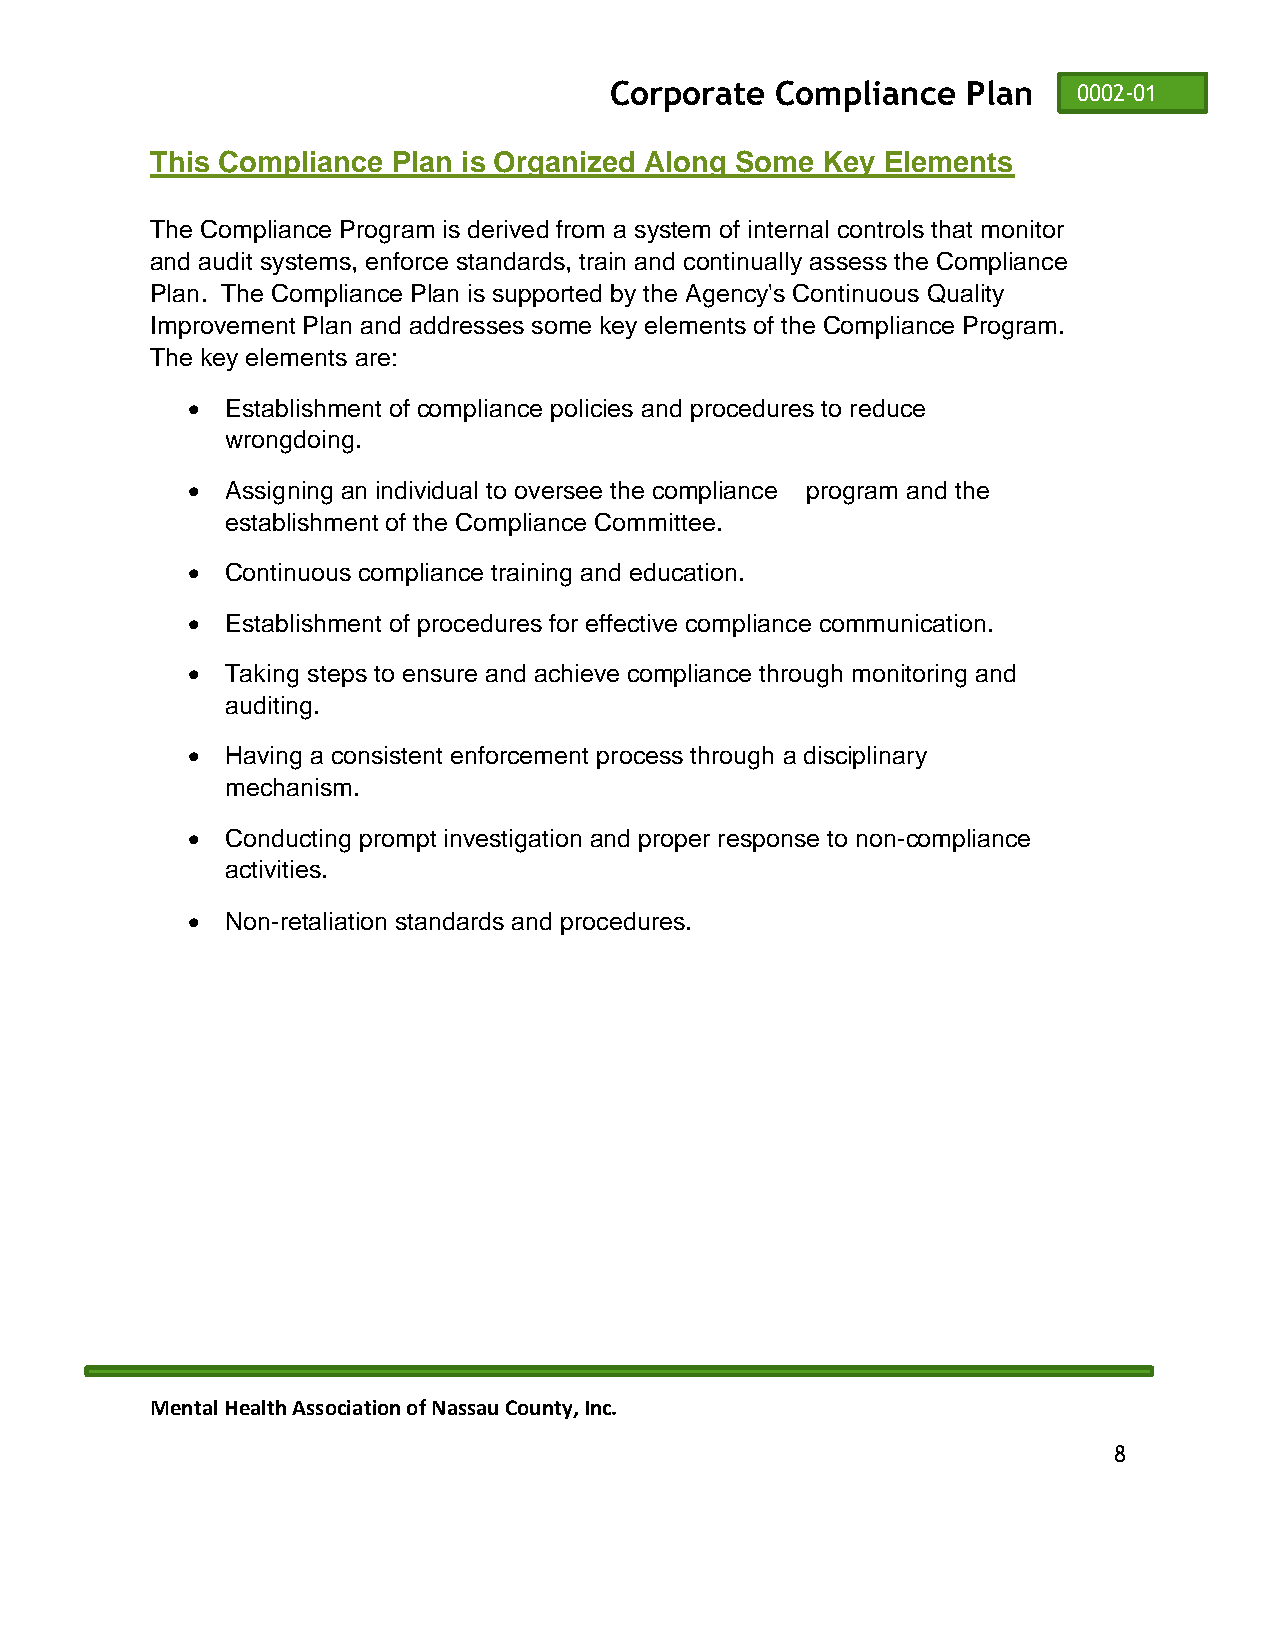
Corporate  Compliance   Plan   0002-01
 This Compliance Plan is Organized Along Some Key Elements
 The Compliance Program is derived from a system of internal controls that monitor
 and audit systems, enforce standards, train and continually assess the Compliance
 Plan. The Compliance Plan is supported by the Agency's Continuous Quality
 Improvement Plan and addresses some key elements of the Compliance Program.
 The key elements are:
 •  Establishment of compliance policies and procedures to reduce
 wrongdoing.
 •  Assigning an individual to oversee the compliance program and the
 establishment of the Compliance Committee.
 •  Continuous compliance training and education.
 •  Establishment of procedures for effective compliance communication.
 •  Taking steps to ensure and achieve compliance through monitoring and
 auditing.
 •  Having a consistent enforcement process through a disciplinary
 mechanism.
 •  Conducting prompt investigation and proper response to non-compliance
 activities.
 •  Non-retaliation standards and procedures.
 Mental Health Association of Nassau County, Inc.
 8